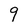
Character: 9